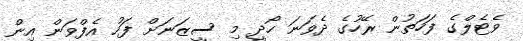
ވެޓެލްގެ ފަހަތުން ރޭހުގެ ދެވަނަ ހޯދީ މި ސީޒަނަށް ފަހު އެފްވަން އިން